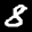
Label: 8